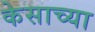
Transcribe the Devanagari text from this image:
केसाच्या